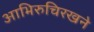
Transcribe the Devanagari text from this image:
आभिरुचिरखने